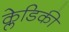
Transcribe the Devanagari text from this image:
क्लेडिकी